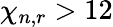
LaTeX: \chi_{n,r}>12